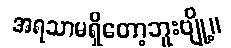
အရသာမရှိတော့ဘူးဗျို့။